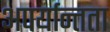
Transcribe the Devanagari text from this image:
अपर्यान्तता